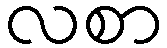
လစာ